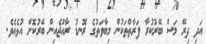
އަދި ދިރޭ މަސް ބޭރުކުރާ ފަރާތްތަކުން މިބާވަތުގެ ރޮނޑު ރާއްޖެއިން ބޭރުކޮށް އުޅެއެވެ.